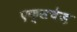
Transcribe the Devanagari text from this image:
एक्सचेज़